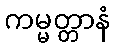
ကမ္မတ္တာနံ